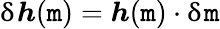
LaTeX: \updelta{\boldsymbol{h}}({\boldsymbol{\mathtt{m}}})={\boldsymbol{h}}({\boldsymbol{\mathtt{m}}})\cdot\updelta{\boldsymbol{\mathtt{m}}}